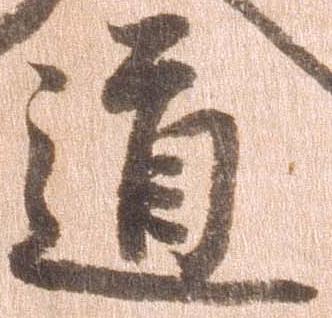
道